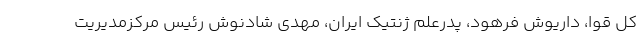
کل قوا، داریوش فرهود، پدرعلم ژنتیک ایران، مهدی شادنوش رئیس مرکزمدیریت